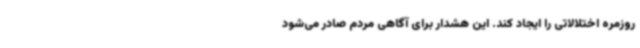
روزمره اختلالاتی را ایجاد کند. این هشدار برای آگاهی مردم صادر می‌شود